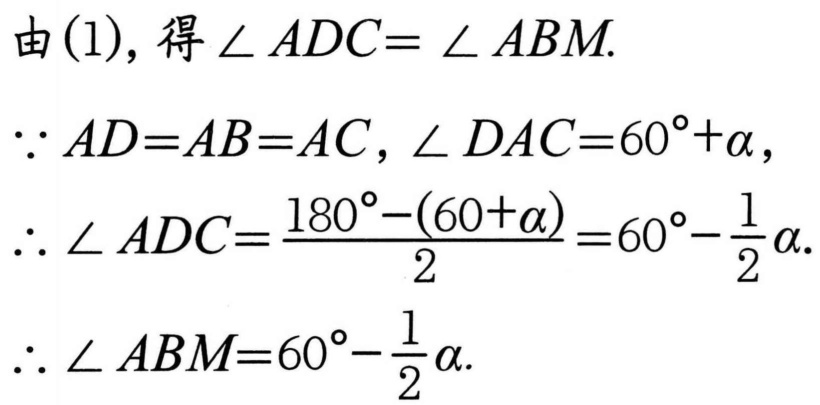
由(1), 得\(\angle ADC = \angle ABM\).
\(\because AD = AB = AC\), \(\angle DAC = 60^{\circ}+\alpha\),
\(\therefore \angle ADC=\frac{180^{\circ}-(60 + \alpha)}{2}=60^{\circ}-\frac{1}{2}\alpha\).
\(\therefore \angle ABM = 60^{\circ}-\frac{1}{2}\alpha\).